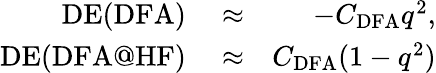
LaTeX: \begin{array}{rlr}{\mathrm{DE(DFA)}}&{{}\approx}&{-C_{\mathrm{DFA}}q^{2},}\\ {\mathrm{DE(DFA@HF)}}&{{}\approx}&{C_{\mathrm{DFA}}(1-q^{2})}\end{array}